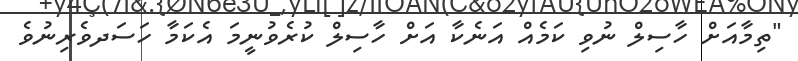
"ތިމާއަށް ހާސިލް ނުވި ކަމެއް އަނެކާ އަށް ހާސިލް ކުރެވުނީމަ އެކަމާ ހަސަދވެރިނުވެ